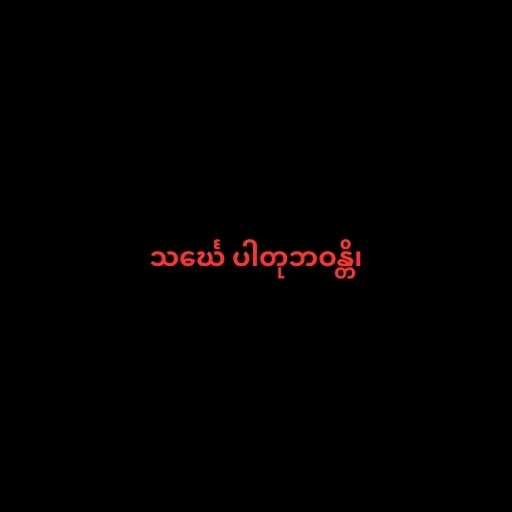
သင်္ဃေ ပါတုဘဝန္တိ၊